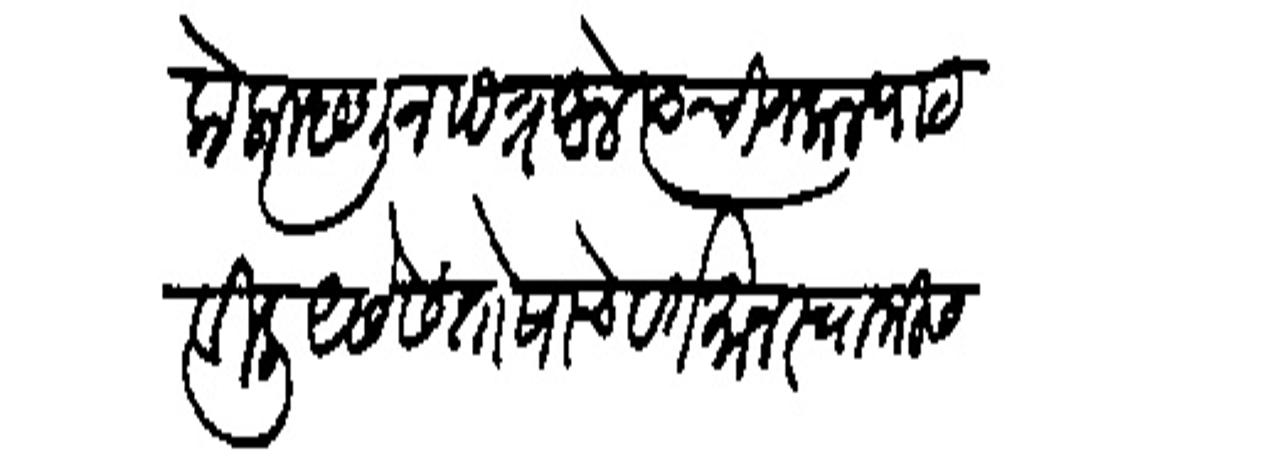
Transliteration (Devanagari): केला म्हणून पत्र आले त्याची नकल पाठविली असे संतोषाचे वरतमान स्वामीस